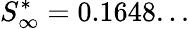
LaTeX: S_{\infty}^{*}=0.1648...